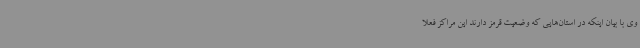
وی با بیان اینکه در استان‌هایی که وضعیت قرمز دارند این مراکز فعلا